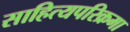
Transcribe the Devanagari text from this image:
साहित्यपरिक्रमा